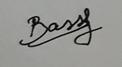
Signature authenticity: genuine